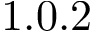
1 . 0 . 2